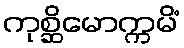
ကုစ္ဆိမောက္ကမိံ